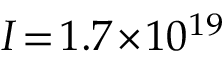
I \! = \! 1 . 7 \! \times \! 1 0 ^ { 1 9 }